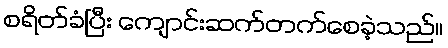
စရိတ်ခံပြီး ကျောင်းဆက်တက်စေခဲ့သည်။